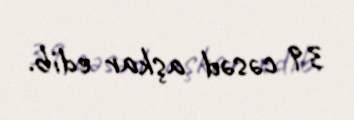
39 cəsəd aşkar edib.